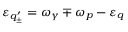
\varepsilon _ { q _ { \pm } ^ { \prime } } = \omega _ { \gamma } \mp \omega _ { p } - \varepsilon _ { q }